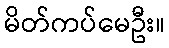
မိတ်ကပ်မေဦး။